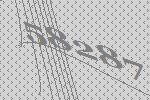
58287